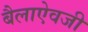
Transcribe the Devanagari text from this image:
बैलाऐवजी